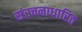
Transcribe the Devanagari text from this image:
संरचनाधारित